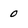
Character: 0